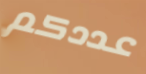
عددكم